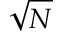
\sqrt { N }